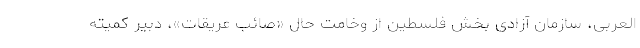
العربی، سازمان آزادی بخش فلسطین از وخامت حال «صائب عریقات»، دبیر کمیته